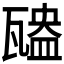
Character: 𤮃